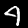
Digit: 4